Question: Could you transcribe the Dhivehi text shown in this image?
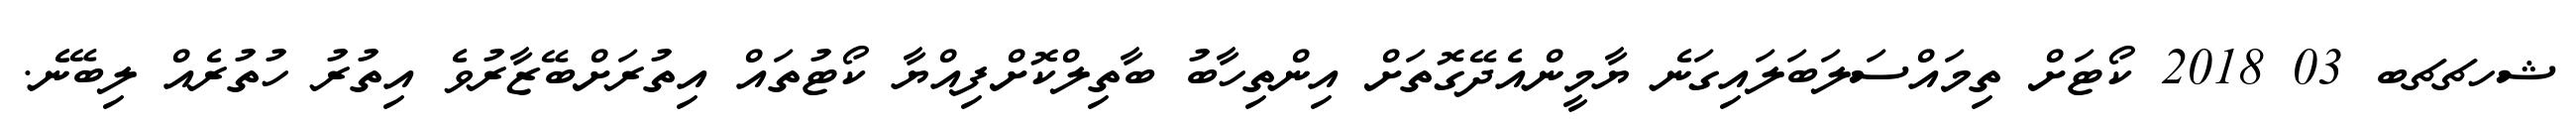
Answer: ޝހޗޗބ 03 2018 ކޯޓަށް ތިމައްސަލަބަލައިގަނެ ޔާމީންއެދޭގޮތަށް އިންތިހާބު ބާތިލްކޮށްފިއްޔާ ކޯޓުތައް އިތުރަށްބޭޒާރުވެ އިތުރު ހުތުރެއް ލިބޭނެ.